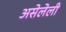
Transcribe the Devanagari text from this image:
असेलेली